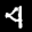
Label: 4